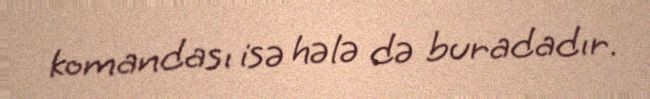
komandası isə hələ də buradadır.